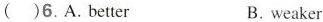
( )6. A. better B. weaker